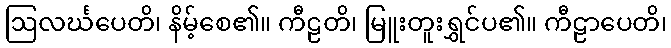
ဩလင်္ဃပေတိ၊ နိမ့်စေ၏။ ကီဠတိ၊ မြူးတူးရွှင်ပ၏။ ကီဠာပေတိ၊